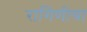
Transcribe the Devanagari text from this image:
रागिणीचा